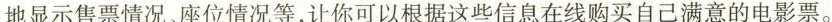
地显示售票情况、座位情况等，让你可以根据这些信息在线购买自己满意的电影票。